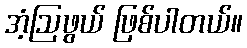
အံ့ဩဖွယ် ဖြစ်ပါတယ်။